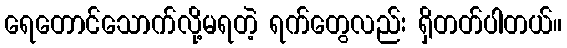
ရေတောင်သောက်လို့မရတဲ့ ရက်တွေလည်း ရှိတတ်ပါတယ်။